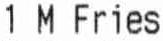
1 M FRIES